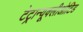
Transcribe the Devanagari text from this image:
टेट्रान्यूक्लीओटिड